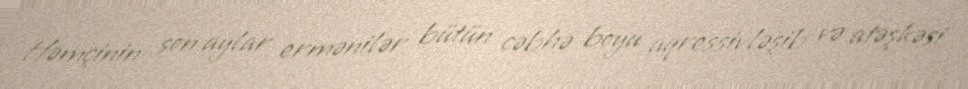
Həmçinin son aylar ermənilər bütün cəbhə boyu aqressivləşib və atəşkəsi